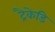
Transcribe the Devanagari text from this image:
ट्रैकेडि